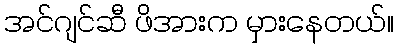
အင်ဂျင်ဆီ ဖိအားက မှားနေတယ်။